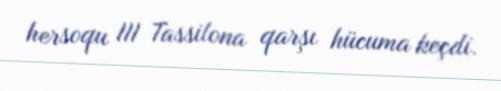
hersoqu III Tassilona qarşı hücuma keçdi.